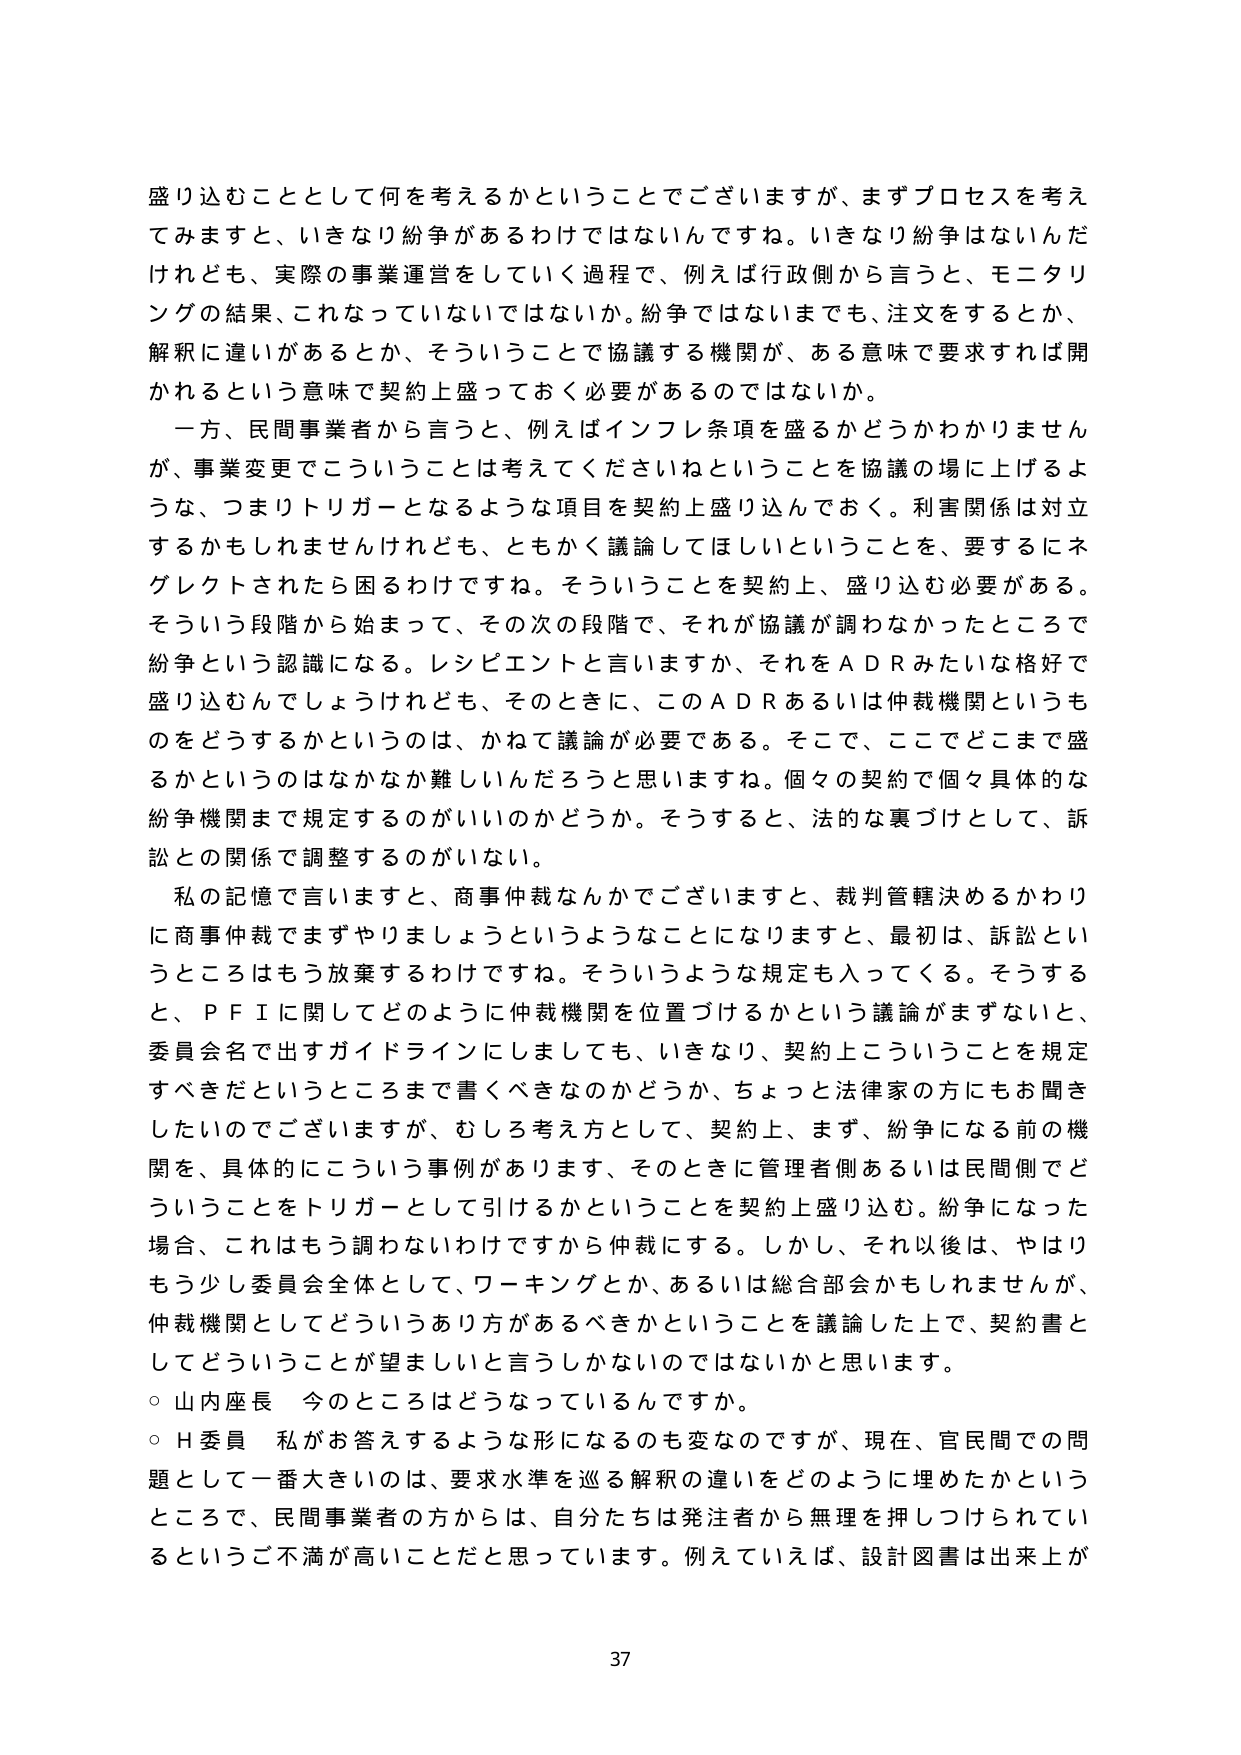
盛り込むこととして何を考えるかということでございますが、まずプロセスを考えてみますと、いきなり紛争があるわけではないんです。いきなり紛争はないんだけれども、実際の事業運営をしていく過程で、例えば行政側から言うと、モニタリングの結果、これなっていないではないか。紛争ではないまでも、注文をするとか、解釈に違いがあるとか、そういうことで協議する機関が、ある意味で要求すれば開かれるという意味で契約上盛っておく必要があるのではないか。

一方、民間事業者から言うと、例えばインフレ条項を盛るかどうかわかりませんが、事業変更でこういうことは考えてくださいねということを協議の場に上げるような、つまりトリガーとなるような項目を契約上盛り込んでおく。利害関係は対立するかもしれませんがけれども、ともかく議論してほしいということを、要するにネグレクトされたら困るわけです。そういうことを契約上、盛り込む必要がある。そういう段階から始まって、その次の段階で、それが協議が調わなかったところで紛争という認識になる。レシピエントと言いますか、それをＡＤＲみたいな格好で盛り込むんでしょうけれども、そのときに、このＡＤＲあるいは仲裁機関というものをどうするかというのは、かねて議論が必要である。そこで、ここでどこまで盛るかというのはなかなか難しいんだろうと思いますね。個々の契約で個々具体的な紛争機関まで規定するのがいいのかどうか。そうすると、法的な裏づけとして、訴訟との関係で調整するのがいない。

私の記憶で言いますと、商事仲裁なんかでございますと、裁判管轄決めるかわりに商事仲裁でまずやりましょうというようなことになりますと、最初は、訴訟というところはもう放棄するわけです。そういうような規定も入ってくる。そうすると、ＰＦＩに関してどのように仲裁機関を位置づけるかという議論がまずないと、委員会名で出すガイドラインにしましても、いきなり、契約上こういうことを規定すべきだというところまで書くべきなのかどうか、ちょっと法律家の方にもお聞きしたいのですが、むしろ考え方として、契約上、まず、紛争になる前の機関を、具体的にこういう事例があります、そのときに管理者側あるいは民間側でどういうことをトリガーとして引けるかということを契約上盛り込む。紛争になった場合、これはもう調わないわけですから仲裁にする。しかし、それ以後は、やはりもう少し委員会全体として、ワーキングとか、あるいは総合部会かもしれませんが、仲裁機関としてどういうあり方があるべきかということを議論した上で、契約書としてどういうことが望ましいと言わしかないのではないかと思います。

○ 山内座長 今のところはどうなっているんですか。

○ Ｈ委員 私がお答えするような形になるのも変なのですが、現在、官民間での問題として一番大きいのは、要求水準を巡る解釈の違いをどのように埋めたかというところで、民間事業者の方からは、自分たちは発注者から無理を押しつけられているというご不満が高いことだと思っています。例えばいえば、設計図書は出来上が

37